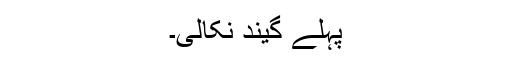
پہلے گیند نکالی۔